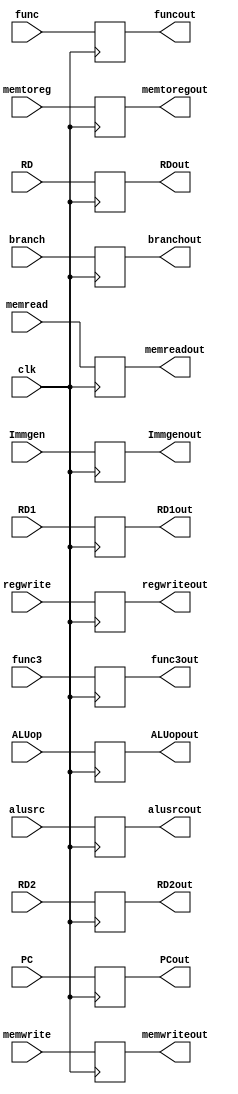
`timescale 1ns / 1ps
//////////////////////////////////////////////////////////////////////////////////
// Company: 
// Engineer: 
// 
// Design Name: 
// Module Name: ID_EX
// Project Name: 
// Target Devices: 
// Tool Versions: 
// Description: 
// 
// Dependencies: 
// 
// Revision:
// Revision 0.01 - File Created
// Additional Comments:
// 
//////////////////////////////////////////////////////////////////////////////////


module ID_EX( 
input clk,

input branch, memwrite, memread, memtoreg, alusrc, regwrite, 

input [1:0]ALUop,

input [2:0]func3,

input PC, 

input [63:0]RD1, RD2, 

input [63:0]Immgen, 

input [3:0]func, 

input [4:0]RD, 

output reg branchout, memwriteout, memreadout, memtoregout,regwriteout, alusrcout, 

output reg[1:0]ALUopout,

output reg[2:0]func3out,

output reg PCout, 

output reg [63:0]RD1out, RD2out, 

output reg [63:0]Immgenout, 

output reg [3:0]funcout, 

output reg [4:0]RDout

); 
always @(negedge clk)
begin
 branchout = branch; 

 memwriteout = memwrite; 

 memreadout = memread; 

 memtoregout = memtoreg; 

 regwriteout = regwrite; 

 alusrcout = alusrc; 
 
 ALUopout = ALUop;
 
 func3out = func3;
 
 PCout = PC; 

 RD1out = RD1; 

 RD2out = RD2; 

 Immgenout = Immgen; 

 funcout = func; 

 RDout = RD; 
end

endmodule